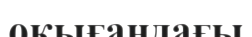
оқығандағы